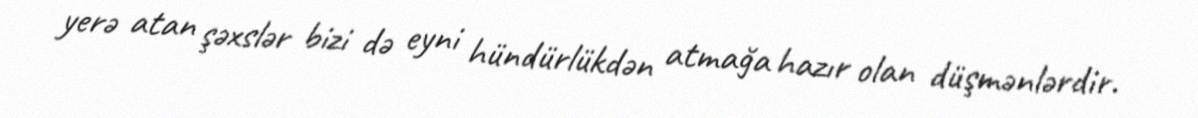
yerə atan şəxslər bizi də eyni hündürlükdən atmağa hazır olan düşmənlərdir.